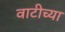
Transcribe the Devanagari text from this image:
वाटीच्या